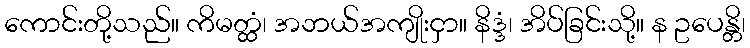
ကောင်းတို့သည်။ ကိမတ္ထံ၊ အဘယ်အကျိုးငှာ။ နိဒ္ဒံ၊ အိပ်ခြင်းသို့။ န ဥပေန္တိ၊